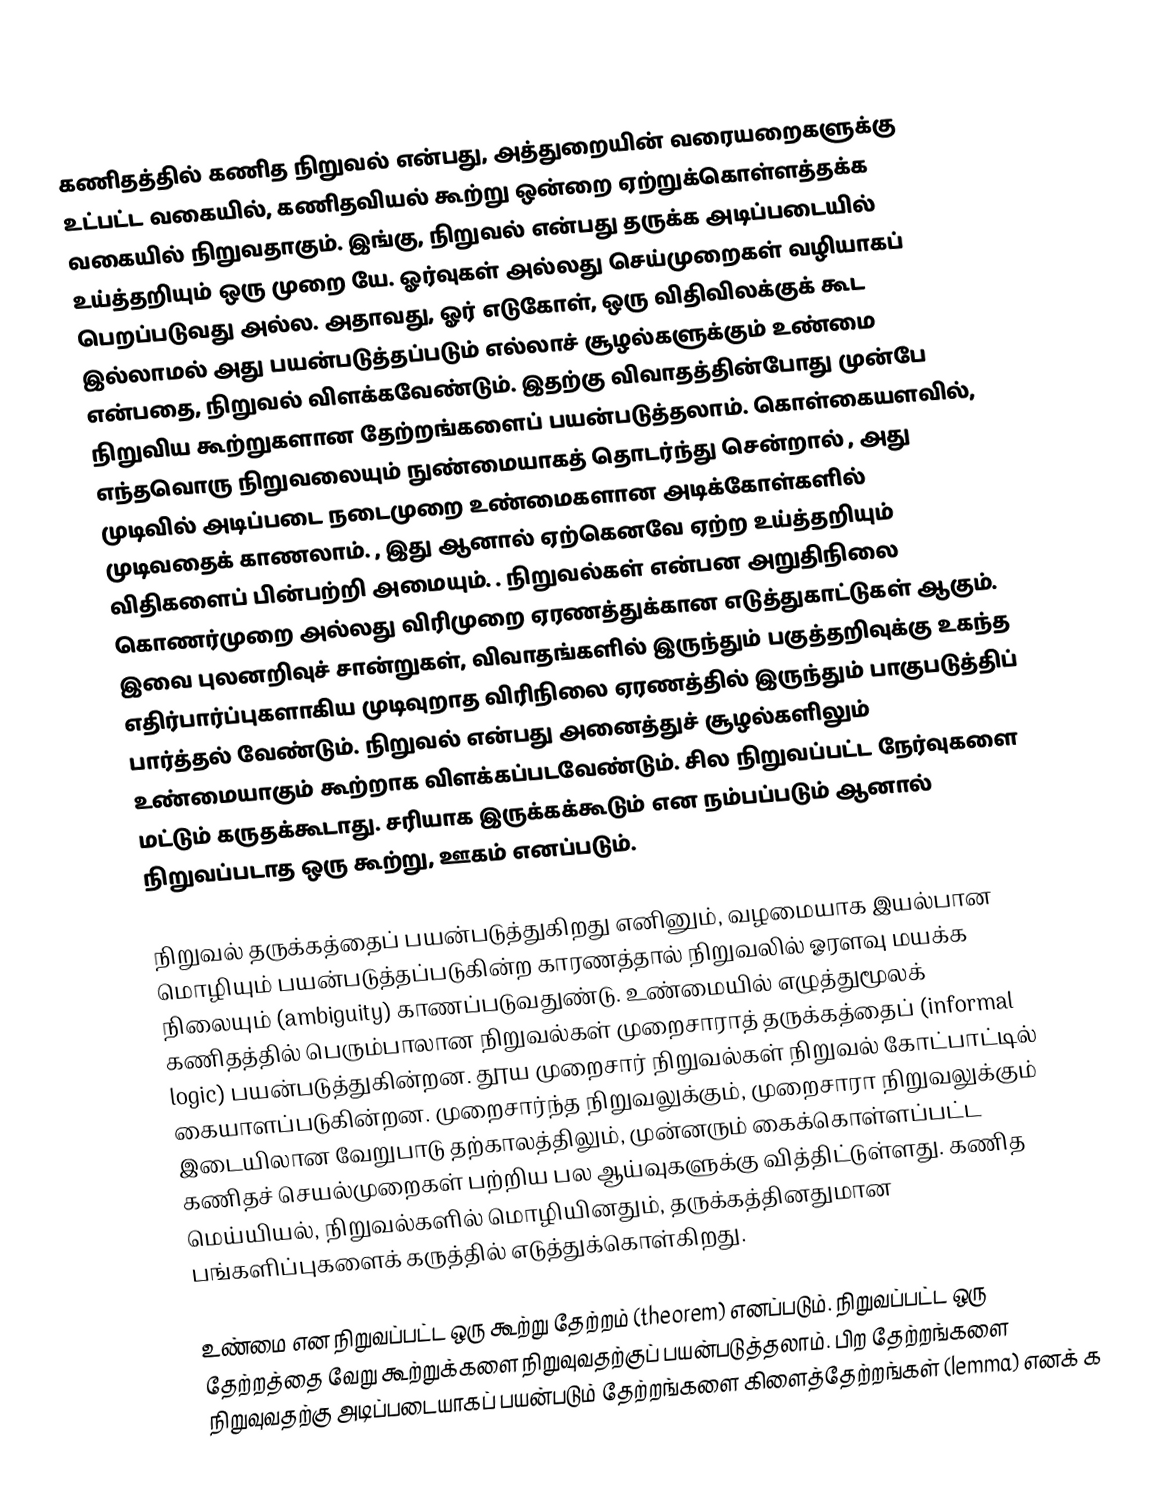
கணிதத்தில் கணித நிறுவல் என்பது, அத்துறையின் வரையறைகளுக்கு உட்பட்ட வகையில், கணிதவியல் கூற்று ஒன்றை ஏற்றுக்கொள்ளத்தக்க வகையில் நிறுவதாகும். இங்கு, நிறுவல் என்பது தருக்க அடிப்படையில் உய்த்தறியும் ஒரு முறை யே. ஓர்வுகள் அல்லது செய்முறைகள் வழியாகப் பெறப்படுவது அல்ல. அதாவது, ஓர் எடுகோள், ஒரு விதிவிலக்குக் கூட இல்லாமல் அது பயன்படுத்தப்படும் எல்லாச் சூழல்களுக்கும் உண்மை என்பதை, நிறுவல் விளக்கவேண்டும். இதற்கு விவாதத்தின்போது முன்பே நிறுவிய கூற்றுகளான தேற்றங்களைப் பயன்படுத்தலாம். கொள்கையளவில், எந்தவொரு நிறுவலையும் நுண்மையாகத் தொடர்ந்து சென்றால் , அது முடிவில் அடிப்படை நடைமுறை உண்மைகளான அடிக்கோள்களில் முடிவதைக் காணலாம். ,  இது ஆனால் ஏற்கெனவே ஏற்ற உய்த்தறியும் விதிகளைப் பின்பற்றி அமையும். .  நிறுவல்கள் என்பன அறுதிநிலை கொணர்முறை அல்லது விரிமுறை ஏரணத்துக்கான எடுத்துகாட்டுகள் ஆகும். இவை புலனறிவுச் சான்றுகள், விவாதங்களில் இருந்தும் பகுத்தறிவுக்கு உகந்த எதிர்பார்ப்புகளாகிய முடிவுறாத விரிநிலை ஏரணத்தில் இருந்தும் பாகுபடுத்திப் பார்த்தல் வேண்டும். நிறுவல் என்பது அனைத்துச் சூழல்களிலும் உண்மையாகும் கூற்றாக விளக்கப்படவேண்டும். சில நிறுவப்பட்ட நேர்வுகளை மட்டும் கருதக்கூடாது. சரியாக இருக்கக்கூடும் என நம்பப்படும் ஆனால் நிறுவப்படாத ஒரு கூற்று, ஊகம் எனப்படும்.

நிறுவல் தருக்கத்தைப் பயன்படுத்துகிறது எனினும், வழமையாக இயல்பான மொழியும் பயன்படுத்தப்படுகின்ற காரணத்தால் நிறுவலில் ஓரளவு மயக்க நிலையும் (ambiguity) காணப்படுவதுண்டு. உண்மையில் எழுத்துமூலக் கணிதத்தில் பெரும்பாலான நிறுவல்கள் முறைசாராத் தருக்கத்தைப் (informal logic) பயன்படுத்துகின்றன. தூய முறைசார் நிறுவல்கள் நிறுவல் கோட்பாட்டில் கையாளப்படுகின்றன. முறைசார்ந்த நிறுவலுக்கும், முறைசாரா நிறுவலுக்கும் இடையிலான வேறுபாடு தற்காலத்திலும், முன்னரும் கைக்கொள்ளப்பட்ட கணிதச் செயல்முறைகள் பற்றிய பல ஆய்வுகளுக்கு வித்திட்டுள்ளது. கணித மெய்யியல், நிறுவல்களில் மொழியினதும், தருக்கத்தினதுமான பங்களிப்புகளைக் கருத்தில் எடுத்துக்கொள்கிறது.

உண்மை என நிறுவப்பட்ட ஒரு கூற்று தேற்றம் (theorem) எனப்படும். நிறுவப்பட்ட ஒரு தேற்றத்தை வேறு கூற்றுக்களை நிறுவுவதற்குப் பயன்படுத்தலாம். பிற தேற்றங்களை நிறுவுவதற்கு அடிப்படையாகப் பயன்படும் தேற்றங்களை கிளைத்தேற்றங்கள் (lemma) எனக் க